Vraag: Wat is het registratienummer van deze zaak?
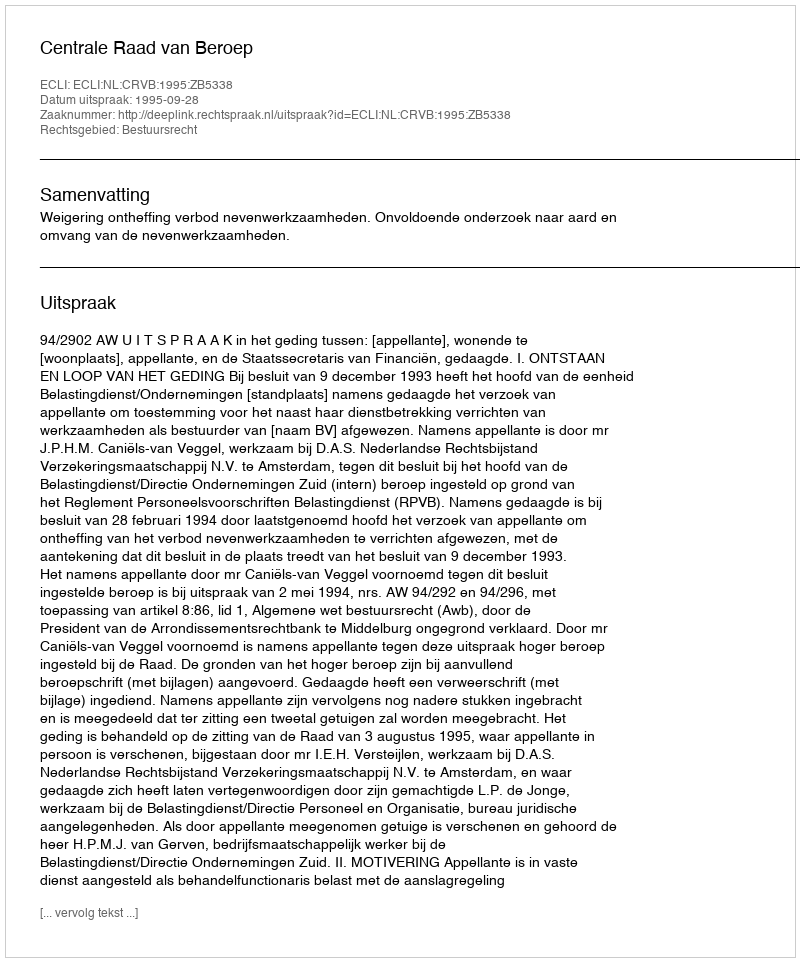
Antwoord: http://deeplink.rechtspraak.nl/uitspraak?id=ECLI:NL:CRVB:1995:ZB5338